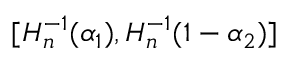
[ H _ { n } ^ { - 1 } ( \alpha _ { 1 } ) , H _ { n } ^ { - 1 } ( 1 - \alpha _ { 2 } ) ]